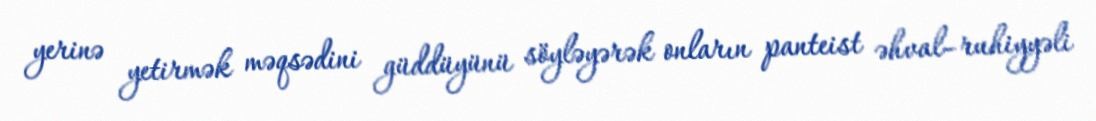
yerinə yetirmək məqsədini güddüyünü söyləyərək onların panteist əhval–ruhiyyəli